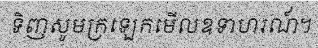
ទិញសូមក្រឡេកមើលឧទាហរណ៍។